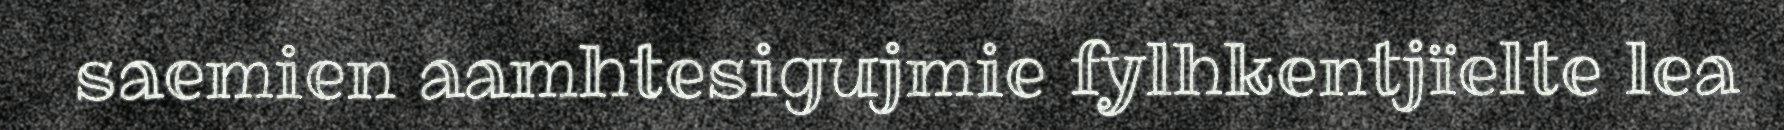
saemien aamhtesigujmie fylhkentjïelte lea